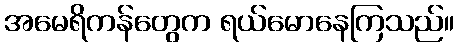
အမေရိကန်တွေက ရယ်မောနေကြသည်။